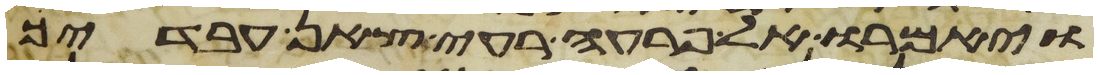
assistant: ויאמרו אל פרעה רעי צאן עבדיך